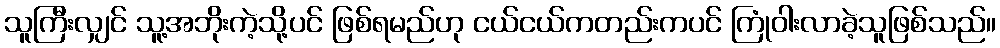
သူကြီးလျှင် သူ့အဘိုးကဲ့သို့ပင် ဖြစ်ရမည်ဟု ငယ်ငယ်ကတည်းကပင် ကြုံဝါးလာခဲ့သူဖြစ်သည်။